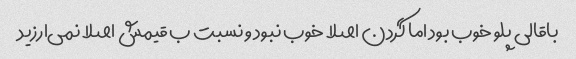
باقالی پلو خوب بود اما گردن اصلا خوب نبود و نسبت ب قیمش اصلا نمی‌ارزید